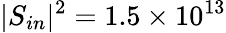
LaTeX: |S_{in}|^{2}=1.5\times 10^{13}